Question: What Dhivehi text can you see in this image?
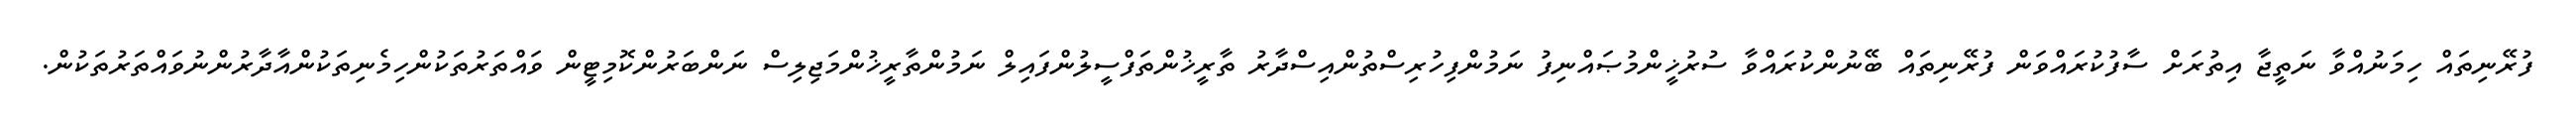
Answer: ފުރޭނިތައް ހިމަނުއްވާ ނަތީޖާ އިތުރަށް ސާފުކުރައްވަން ފުރޭނިތައް ބޭނުންކުރައްވާ ސުރުޚީންމުޞައްނިފު ނަމުންފިހުރިސްތުންއިސްދާރު ތާރީޚުންތަފްސީލުންފައިލް ނަމުންތާރީޚުންމަޖިލިސް ނަންބަރުންކޮމިޓީން ވައްތަރުތަކުންހިމެނިތަކުންއާދާރުންނުވައްތަރުތަކުން.